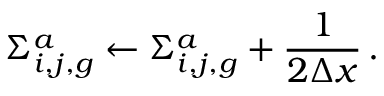
\Sigma _ { i , j , g } ^ { a } \leftarrow \Sigma _ { i , j , g } ^ { a } + \frac { 1 } { 2 \Delta x } \, .